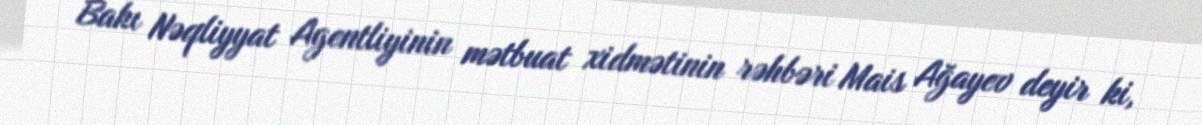
Bakı Nəqliyyat Agentliyinin mətbuat xidmətinin rəhbəri Mais Ağayev deyir ki,